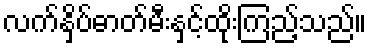
လက်နှိပ်ဓာတ်မီးနှင့်ထိုးကြည့်သည်။